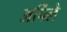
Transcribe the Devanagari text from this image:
अर्पिले